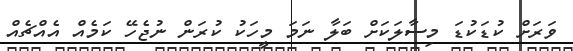
ވަރަށް ކުޑަކުޑަ މިސާލަކަށް ބަލާ ނަމަ މީހަކު ކުރަން ނުޖެހޭ ކަމެއް އެއްޗެއް